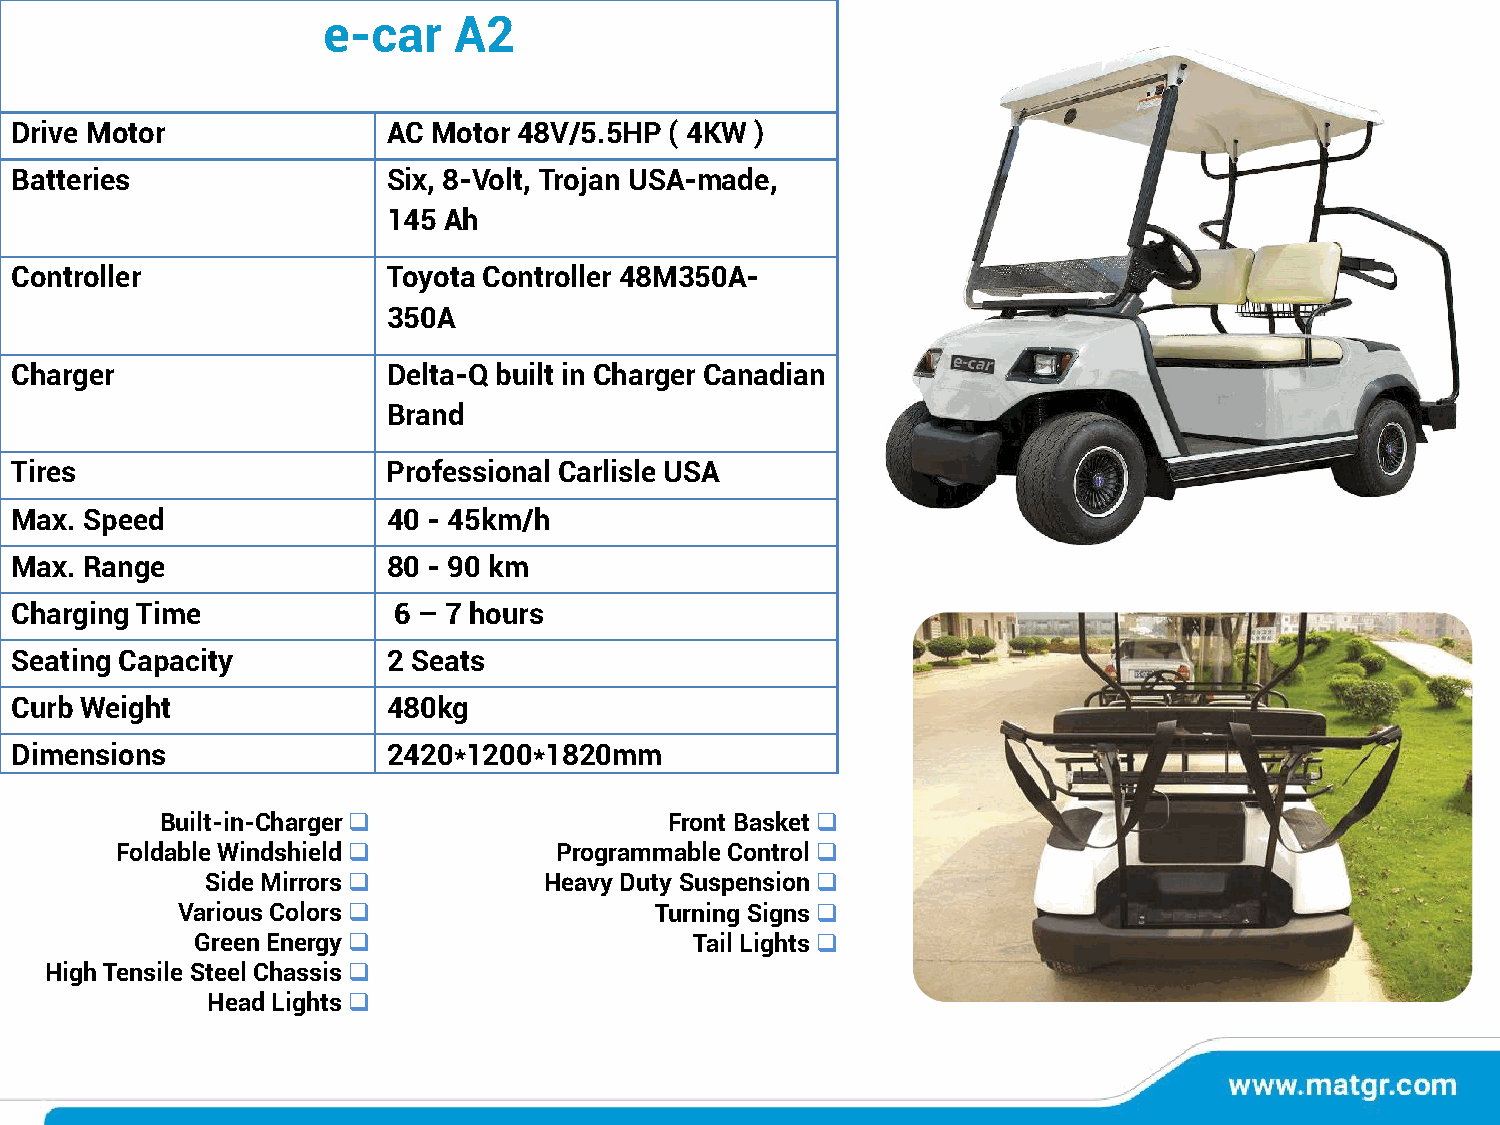
e-car    A2
 Drive Motor              AC Motor 48V/5.5HP ( 4KW )
 Batteries                Six, 8-Volt, Trojan USA-made,
 145 Ah
 Controller               Toyota Controller 48M350A-
 350A
 Charger                  Delta-Q built in Charger Canadian
 Brand
 Tires                    Professional Carlisle USA
 Max. Speed               40 - 45km/h
 Max. Range               80 - 90 km
 Charging Time            6 – 7 hours
 Seating Capacity         2 Seats
 Curb Weight              480kg
 Dimensions               2420*1200*1820mm
 Built-in-Charger❑                Front Basket❑
 Foldable Windshield❑         Programmable Control❑
 Side Mirrors❑         Heavy Duty Suspension❑
 Various Colors❑                Turning Signs❑
 Green Energy❑                    Tail Lights❑
 High Tensile Steel Chassis❑
 Head Lights❑